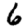
Digit: 6